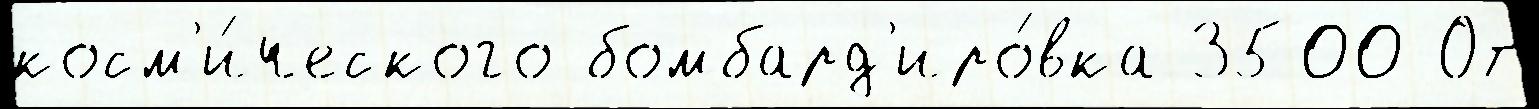
косм'и́ческого бомбард'иро́вка 3500 От